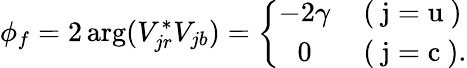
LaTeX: \phi_{f}=2\, \mathrm{arg}(V_{jr}^{\ast}V_{jb})=\left\{ \begin{array}{cc}{{-2\gamma}}&{{\mathrm{(~j=u~)}}}\\ {{0}}&{{\, \mathrm{(~j=c~).}}}\end{array}\right.